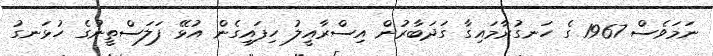
ނަމަވެސް 1967 ގެ ހަނގުރާމައިގާ ގަދަބާރުން އިސްރާއީލު ހިފައިގެން އުޅޭ ފަލަސްތީނުގެ ހުޅަނގު